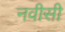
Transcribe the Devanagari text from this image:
नवीसी